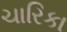
ચારિકા